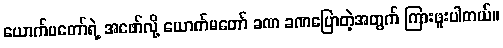
ယောက်မတော်ရဲ့ အဖော်လို့ ယောက်မတော် ခဏ ခဏပြောတဲ့အတွက် ကြားဖူးပါတယ်။